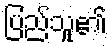
ပြည်သူ၏